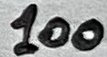
Text: 100